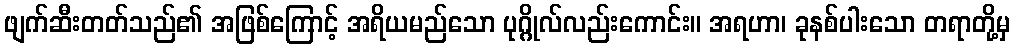
ဖျက်ဆီးတတ်သည်၏ အဖြစ်ကြောင့် အရိယမည်သော ပုဂ္ဂိုလ်လည်းကောင်း။ အရဟာ၊ ခုနစ်ပါးသော တရာတို့မှ